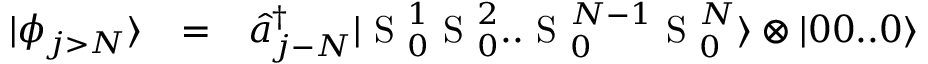
\begin{array} { c c l } { | \phi _ { j > N } \rangle } & { = } & { \hat { a } _ { j - N } ^ { \dagger } | \mathrm { ~ S ~ } _ { 0 } ^ { 1 } \mathrm { ~ S ~ } _ { 0 } ^ { 2 } . . \mathrm { ~ S ~ } _ { 0 } ^ { N - 1 } \mathrm { ~ S ~ } _ { 0 } ^ { N } \rangle \otimes | 0 0 . . 0 \rangle } \end{array}